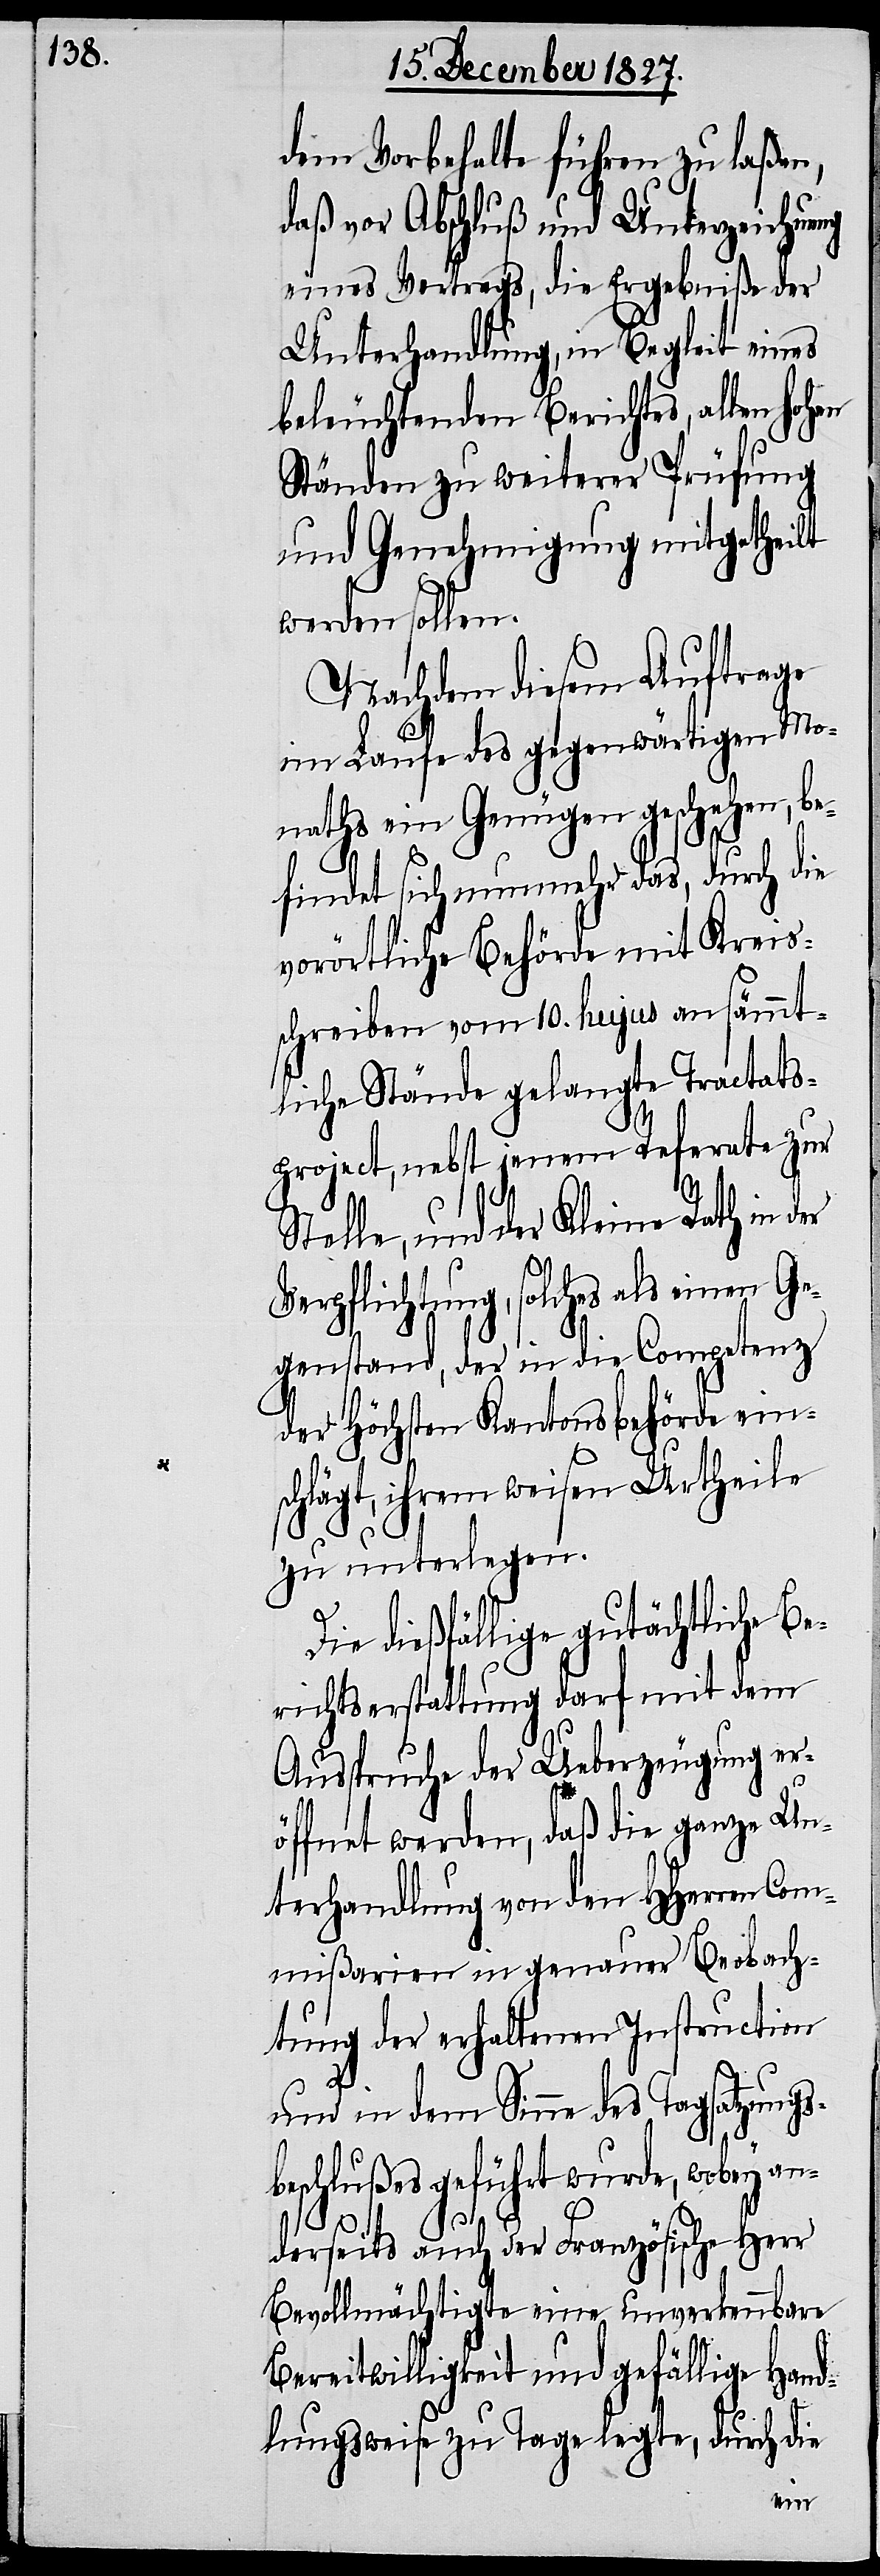
dem Vorbehalte führen zu laßen,
daß vor Abschluß und Unterzeichnung
eines Vertrags, die Ergebniße der
Unterhandlung, in Begleit eines
beleuchtenden Berichtes, allen hohen
Ständen zu weiterer Prüfung
und Genehmigung mitgetheilt
werden sollen.
Nachdem diesem Auftrage
im Laufe des gegenwärtigen Mo¬
naths ein Genügen geschehen, be¬
findet sich nunmehr das, durch die
vorörtliche Behörde mit Kreis¬
schreiben vom 10. hujus an sämmt¬
liche Stände gelangte Tractats¬
project, nebst jenem Referate zur
Stelle, und der Kleine Rath in der
Verpflichtung, solches als einen
Gegenstand, der in die Competenz
der Höchsten Kantonsbehörde ein¬
schlägt, ihrem weisen Urtheile
zu unterlegen.
Die dießfällige gutächtliche Be¬
Ausspruche der Ueberzeugung er¬
öffnet werden, daß die ganze Un¬
terhandlung von den HHerren Com¬
mißarien in genauer Beobach¬
tung der erhaltenen Instruction
und in dem Sinne des Tagsatzungs¬
beschlußes geführt wurde, wobey an¬
derseits auch der Französische Herr
Bevollmächtigte eine unverkennbare
Bereitwilligkeit und gefällige Hand¬
lungsweise zu Tage legte, durch die
dem